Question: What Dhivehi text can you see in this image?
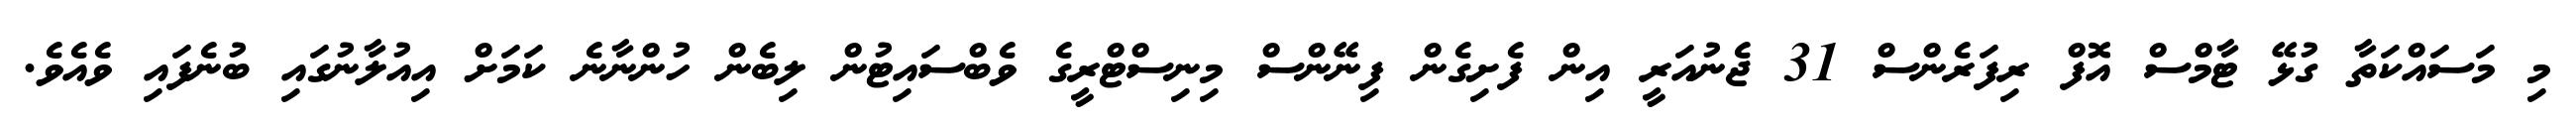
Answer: މި މަސައްކަތާ ގުޅޭ ޓާމްސް އޮފް ރިފަރެންސް 31 ޖެނުއަރީ އިން ފެށިގެން ފިނޭންސް މިނިސްޓްރީގެ ވެބްސައިޓުން ލިބެން ހުންނާނެ ކަމަށް އިއުލާނުގައި ބުނެފައި ވެއެވެ.